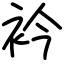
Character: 衿